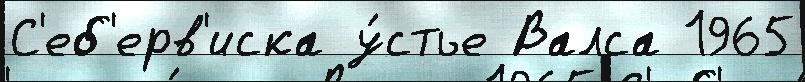
С'еб'ерв'иска у́стье Валса 1965